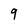
Character: 9